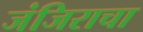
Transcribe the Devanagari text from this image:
जंजिराचा